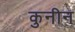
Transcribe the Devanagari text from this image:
कुनीन